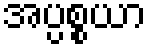
အပ္ပစ္စယာ